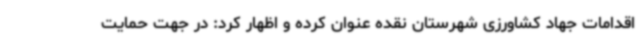
اقدامات جهاد کشاورزی شهرستان نقده عنوان کرده و اظهار کرد: در جهت حمایت